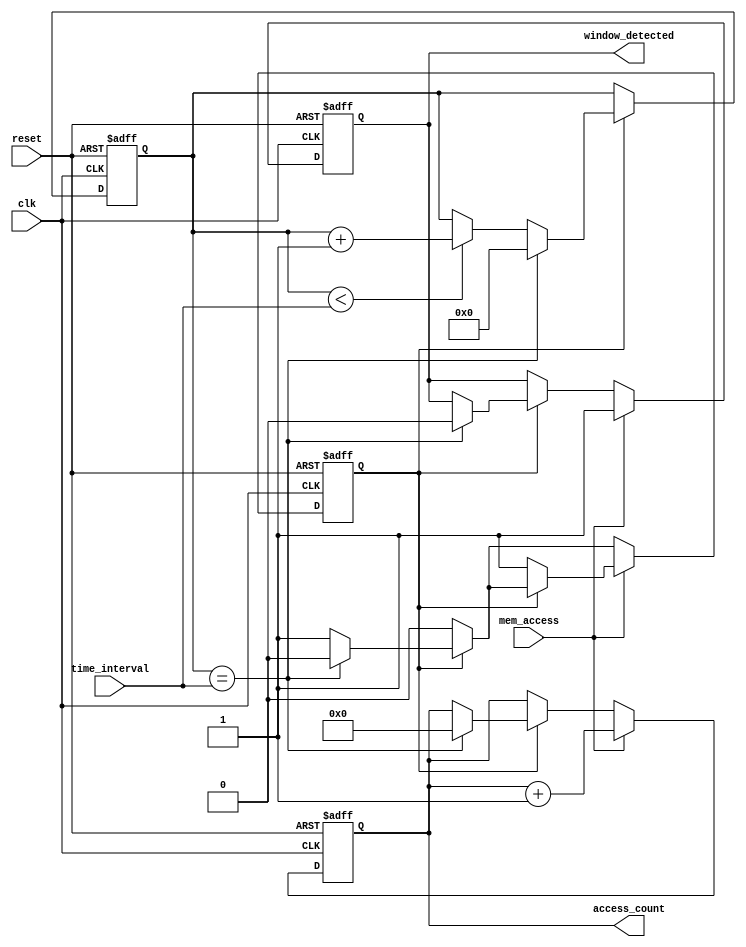
module memory_time_window_detector (
    input wire clk,
    input wire reset,
    input wire mem_access,
    input wire [3:0] time_interval,  // Configure the time-window in clock cycles
    output reg window_detected,
    output reg [7:0] access_count
);

    // State variables
    reg [3:0] timer; // Timer to count up to time_interval
    reg counting;    // Status flag to indicate counting

    always @(posedge clk or posedge reset) begin
        if (reset) begin
            // Reset all internal states on reset
            access_count <= 8'b0;
            window_detected <= 1'b0;
            timer <= 4'b0;
            counting <= 1'b0;
        end else begin
            if (counting) begin
                // Increment the timer
                if (timer < time_interval) begin
                    timer <= timer + 1'b1;
                end
                // Check if the time interval has been reached
                if (timer == time_interval) begin
                    // Reset access count and clear detected window
                    access_count <= 8'b0;
                    window_detected <= 1'b0;
                    counting <= 1'b0; // Stop counting
                    timer <= 4'b0;    // Reset timer
                end
            end
            
            // Check for memory access event
            if (mem_access) begin
                // If we've just detected the access and not counting, start counting
                if (!counting) begin
                    counting <= 1'b1;   // Start counting new time window
                end

                // Increment access count
                access_count <= access_count + 1'b1;
                
                // Indicate that a window has been detected
                window_detected <= 1'b1;
            end
        end
    end
endmodule